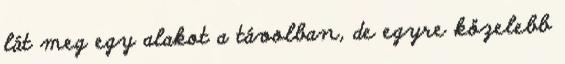
lát meg egy alakot a távolban, de egyre közelebb